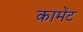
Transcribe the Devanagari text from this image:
कामेंट